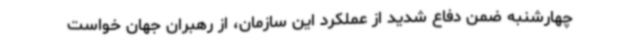
چهارشنبه ضمن دفاع شدید از عملکرد این سازمان، از رهبران جهان خواست